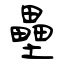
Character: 壘